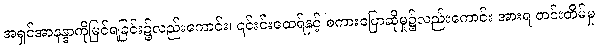
အရှင်အာနန္ဒာကိုမြင်ရခြင်း၌လည်းကောင်း၊ ၎င်းင်းထေရ်နှင့် စကားပြောဆိုမှု၌လည်းကောင်း အားရ တင်းတိမ်မှု